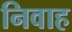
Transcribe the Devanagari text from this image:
निवाह